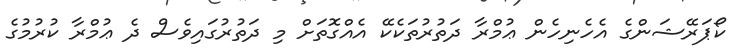
ކޯޕަރޭޝަންގެ އެހެނިހެން ޢުމްރާ ދަތުރުތަކެކޭ އެއްގޮތަށް މި ދަތުރުގައިވެސް ދެ ޢުމްރާ ކުރުމުގެ